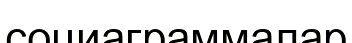
социаграммалар